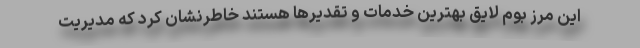
این مرز بوم لایق بهترین خدمات و تقدیرها هستند خاطرنشان کرد که مدیریت